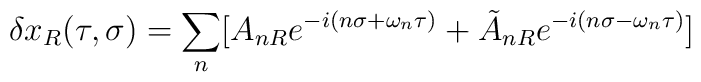
\delta x_R(\tau,\sigma)=\sum_n[ A_{nR}e^{-i(n\sigma+\omega_n\tau)}+\tilde{A}_{nR}e^{-i(n\sigma-\omega_n\tau)}]